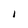
Character: I